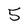
Character: 5